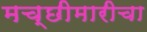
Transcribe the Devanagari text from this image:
मच्छीमारीचा